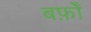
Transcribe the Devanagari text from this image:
बर्फ़ों